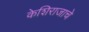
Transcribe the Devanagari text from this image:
केशिराजाचे